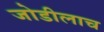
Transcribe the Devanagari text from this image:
जोडीलाच